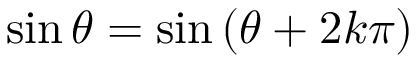
\sin \theta = \sin \left( \theta + 2 k \pi \right) \quad